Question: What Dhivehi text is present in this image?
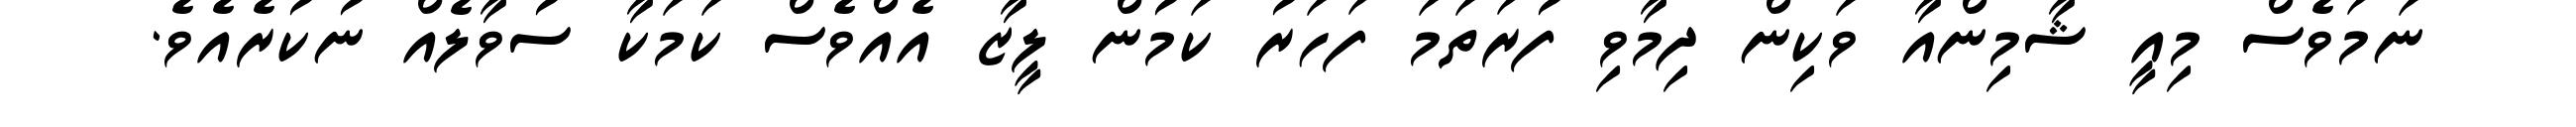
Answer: ނަމަވެސް މިއީ ޝާމިންއާ ވަކިން ދިމާވި ފުރަތަމަ ފަހަރު ކަމުން ލީޒާ އެއްވެސް ކަމަކާ ސުވާލެއް ނުކުރެއެވެ.